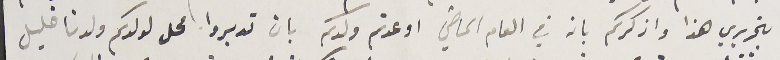
بتحريري هذا واذكركم بانه في العام الماضي اوعدتم ولدكم بان تدبروا محل لولدكم ولدنا خليل